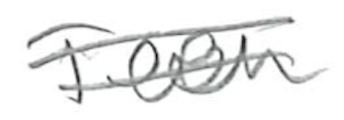
Text: Teen
Cross-out: double-line
Writing tool: pencil